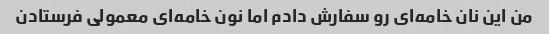
من این نان خامه‌ای رو سفارش دادم اما نون خامه‌ای معمولی فرستادن